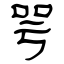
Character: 咢